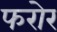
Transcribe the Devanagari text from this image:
फरोर